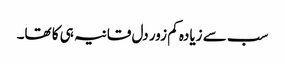
سب سے زیادہ کم زور دل قانیہ ہی کا تھا۔